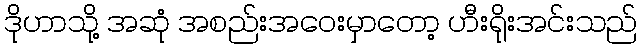
ဒိုဟာသို့ အဆုံ အစည်းအဝေးမှာတော့ ဟီးရိုးအင်းသည်